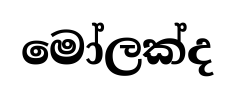
මෝලක්ද